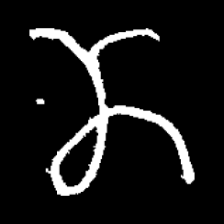
Pyu character \u2014 Myanmar letter: ဏ (romanized: nna)